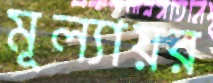
মূল্যায়র